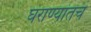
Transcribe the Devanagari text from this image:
घराण्यांतच